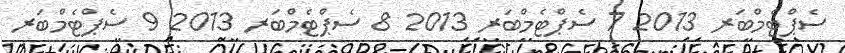
ސެޕްޓެމްބަރ 2013 7 ސެޕްޓެމްބަރ 2013 8 ސެޕްޓެމްބަރ 2013 9 ސެޕްޓެމްބަރ